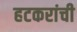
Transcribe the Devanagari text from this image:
हटकरांची